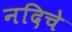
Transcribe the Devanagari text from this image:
नदिचे